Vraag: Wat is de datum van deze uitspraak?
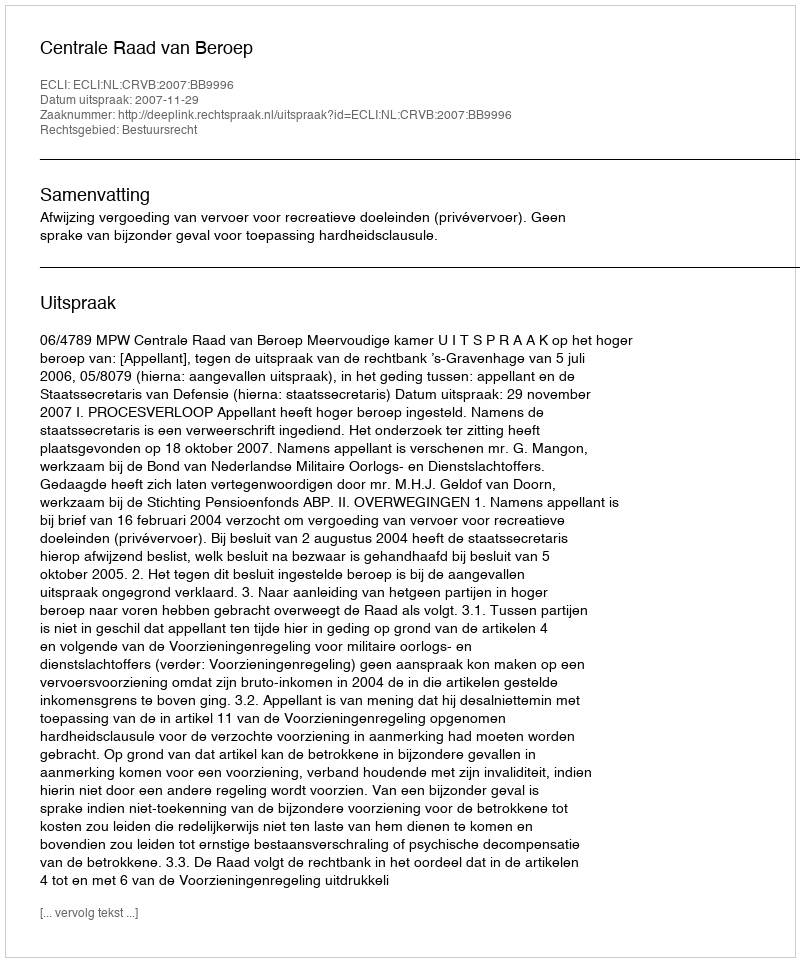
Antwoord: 2007-11-29